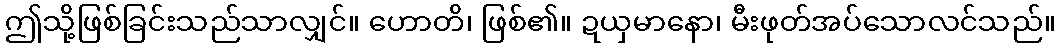
ဤသို့ဖြစ်ခြင်းသည်သာလျှင်။ ဟောတိ၊ ဖြစ်၏။ ဍယှမာနော၊ မီးဖုတ်အပ်သောလင်သည်။